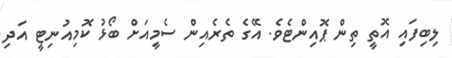
ލިބިފައި އޮތީ ތިން ޕޮއިންޓެވެ. އޭގެ ތެރެއިން ސެމީއަށް ބޯޅު ކޮމިއުނިޓީ އަދި